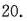
20.